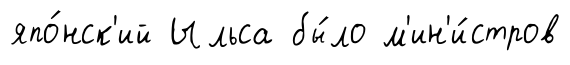
япо́нск'ий Ыльса бы́ло м'ин'и́стров